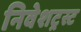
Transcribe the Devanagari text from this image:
निवेशट्रस्ट